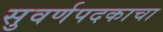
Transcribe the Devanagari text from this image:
सुवर्णपदकाचा